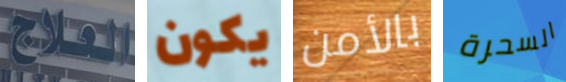
العلاج يكون بالأمن السحرة